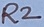
Text: R2